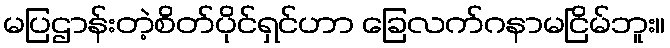
မပြဌာန်းတဲ့စိတ်ပိုင်ရှင်ဟာ ခြေလက်ဂနာမငြိမ်ဘူး။